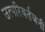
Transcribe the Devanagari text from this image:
उत्परिवर्तजनी